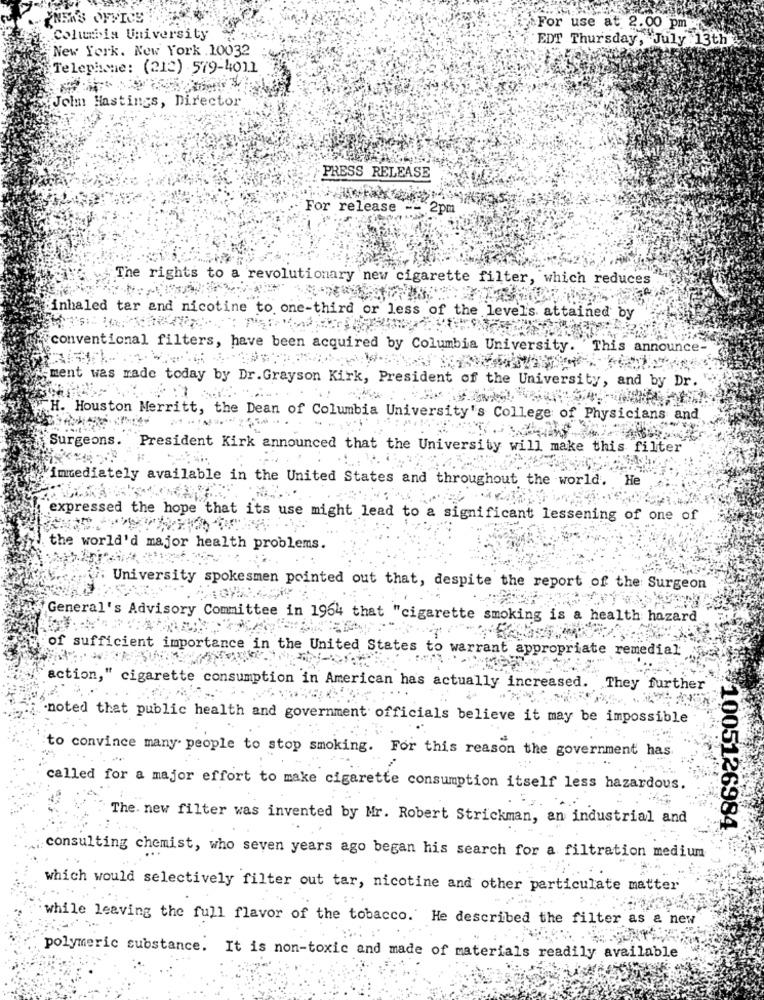
YNEAS OFFICE
For use at 2.00 pm
Columbia University
EDT Thursday, July : 13th"
New York. New York 10032
Telephone: (212) 579-4011
Jeim Hastings, Director
PRESS RELEASE
For release
2pm
The rights to a revolutionary new cigarette filter, which reduces
inhaled tar and nicotine to one-third or less of the level's attained by
conventional filters, have been acquired by Columbia University.
This announce-
ment was made today by Dr. Grayson Kirk, President of the University, and by Dr.
H. Houston Merritt, the Dean of Columbia University's College of Physicians and
Surgeons. President Kirk announced that the University will make this filter
immediately available in the United States and throughout the world. He
expressed the hope that its use might lead to a significant lessening of one of
the world'd major health problems.
University spokesmen pointed out that, despite the report of the Surgeon
General's Advisory Committee in 1964 that "cigarette smoking is a health hazard
of sufficient importance in the United States to warrant appropriate remedial
action," cigarette consumption in American has actually increased.
They further
"noted that public health and government officials believe it may be impossible
to convince many people to stop smoking. For this reason the government has
called for a major effort to make cigarette consumption itself less hazardous.
The. new filter was invented by Mr. Robert Strickman, an industrial and
1005126984
consulting chemist, who seven years ago began his search for a filtration medium
which would selectively filter out tar, nicotine and other particulate matter
while leaving the full flavor of the tobacco. He described the filter as & new
polymeric substance. It is non-toxic and made of materials readily available